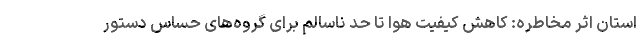
استان اثر مخاطره: کاهش کیفیت هوا تا حد ناسالم برای گروه‌های حساس دستور